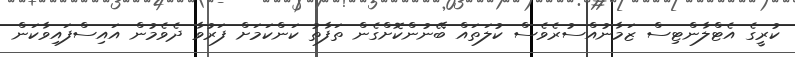
ކުރީގެ އެޓްލާންޓިސް ޒަމާނުއްސުރެވެސް ކުލަތައް ބޭނުންކޮށްގެން ތަފާތު ކަންކަމަށް ފަރުވާ ދެވެމުން އައިސްފައިވާކަން